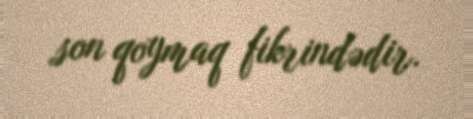
son qoymaq fikrindədir.